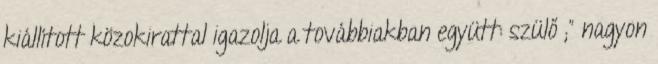
kiállított közokirattal igazolja a továbbiakban együtt: szülő ;” nagyon